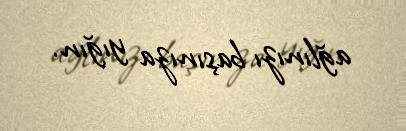
ağlınızı başınıza yığın.